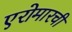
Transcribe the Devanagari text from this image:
एरोमारची